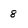
Character: 8